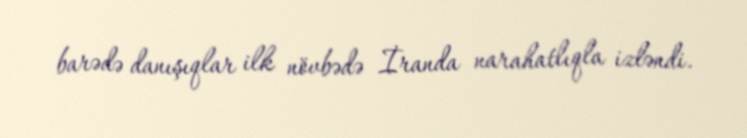
barədə danışıqlar ilk növbədə İranda narahatlıqla izləndi.